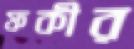
ফকীর